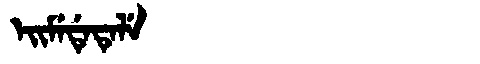
Manchu: ᡝᡳᠮᡝᡩᡝᡨᡝᠯᡝ
Romanization: EIMEDETELE